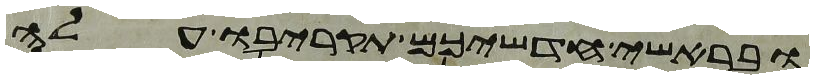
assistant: ובראשי חדשיכם תקריבו עלה